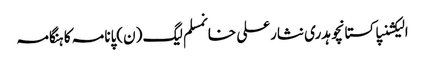
الیکشنپاکستانچوہدری نثارعلی خانمسلم لیگ (ن)پانامہ کا ہنگامہ